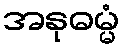
အနုဓမ္မံ